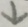
\downarrow